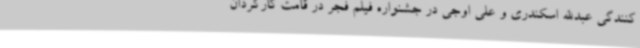
کنندگی عبدالله اسکندری و علی اوجی در جشنواره فیلم فجر در قامت کارگردان